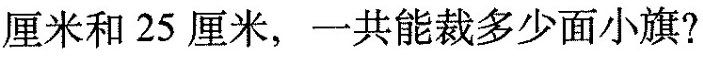
厘米和25厘米，一共能裁多少面小旗?